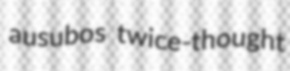
ausubos twice-thought